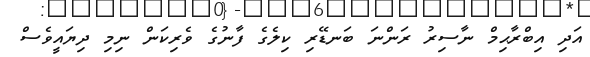
އަދި އިބްރާޙިމް ނާސިރު ރަންނަ ބަނޑޭރި ކިލެގެ ފާނުގެ ވެރިކަން ނިމި ދިޔައީވެސް